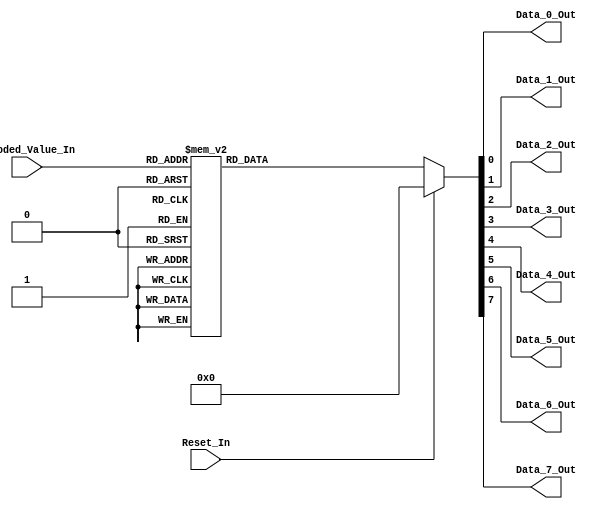
/*
Verilog Code, to implement a 3-8 Decoder.



Author : Prasad Narayan Ghatol
*/



module Decoder_3_8 (
    input        Reset_In,

    input  [2:0] Encoded_Value_In,
    output       Data_0_Out,
    output       Data_1_Out,
    output       Data_2_Out,
    output       Data_3_Out,
    output       Data_4_Out,
    output       Data_5_Out,
    output       Data_6_Out,
    output       Data_7_Out
);



// --------------------------------------------------
// wires and regs
// --------------------------------------------------
reg [7:0] Decoded_Value;



// --------------------------------------------------
// Assignments
// --------------------------------------------------
assign Data_0_Out = Decoded_Value[0];
assign Data_1_Out = Decoded_Value[1];
assign Data_2_Out = Decoded_Value[2];
assign Data_3_Out = Decoded_Value[3];
assign Data_4_Out = Decoded_Value[4];
assign Data_5_Out = Decoded_Value[5];
assign Data_6_Out = Decoded_Value[6];
assign Data_7_Out = Decoded_Value[7];



// --------------------------------------------------
// 3-8 Decoder Logic
// --------------------------------------------------
always @ (*)
    begin
        if (Reset_In)
            begin
                Decoded_Value <= 8'h00;
            end
        else
            begin
                case (Encoded_Value_In)
                    3'b000 : // Data 0
                        begin
                            Decoded_Value <= 8'h01;
                        end
                    3'b001 : // Data 1
                        begin
                            Decoded_Value <= 8'h02;
                        end
                    3'b010 : // Data 2
                        begin
                            Decoded_Value <= 8'h04;
                        end
                    3'b011 : // Data 3
                        begin
                            Decoded_Value <= 8'h08;
                        end
                    3'b100 : // Data 4
                        begin
                            Decoded_Value <= 8'h10;
                        end
                    3'b101 : // Data 5
                        begin
                            Decoded_Value <= 8'h20;
                        end
                    3'b110 : // Data 6
                        begin
                            Decoded_Value <= 8'h40;
                        end
                    3'b111 : // Data 7
                        begin
                            Decoded_Value <= 8'h80;
                        end
                    default: 
                        begin
                            Decoded_Value <= 8'h00;
                        end
                endcase
            end
    end



endmodule